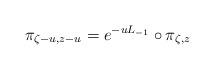
LaTeX: \begin{align*}\pi_{\zeta -u, z-u} = e^{-u L_{-1}} \circ \pi_{\zeta,z}\end{align*}